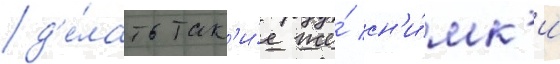
д'е́лать так'и́е же́ сн'и́мк'и